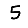
Digit: 5